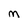
Character: M